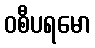
ဝစီပရမော